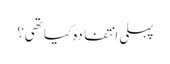
پہلی انتفادہ کیا تھی؟